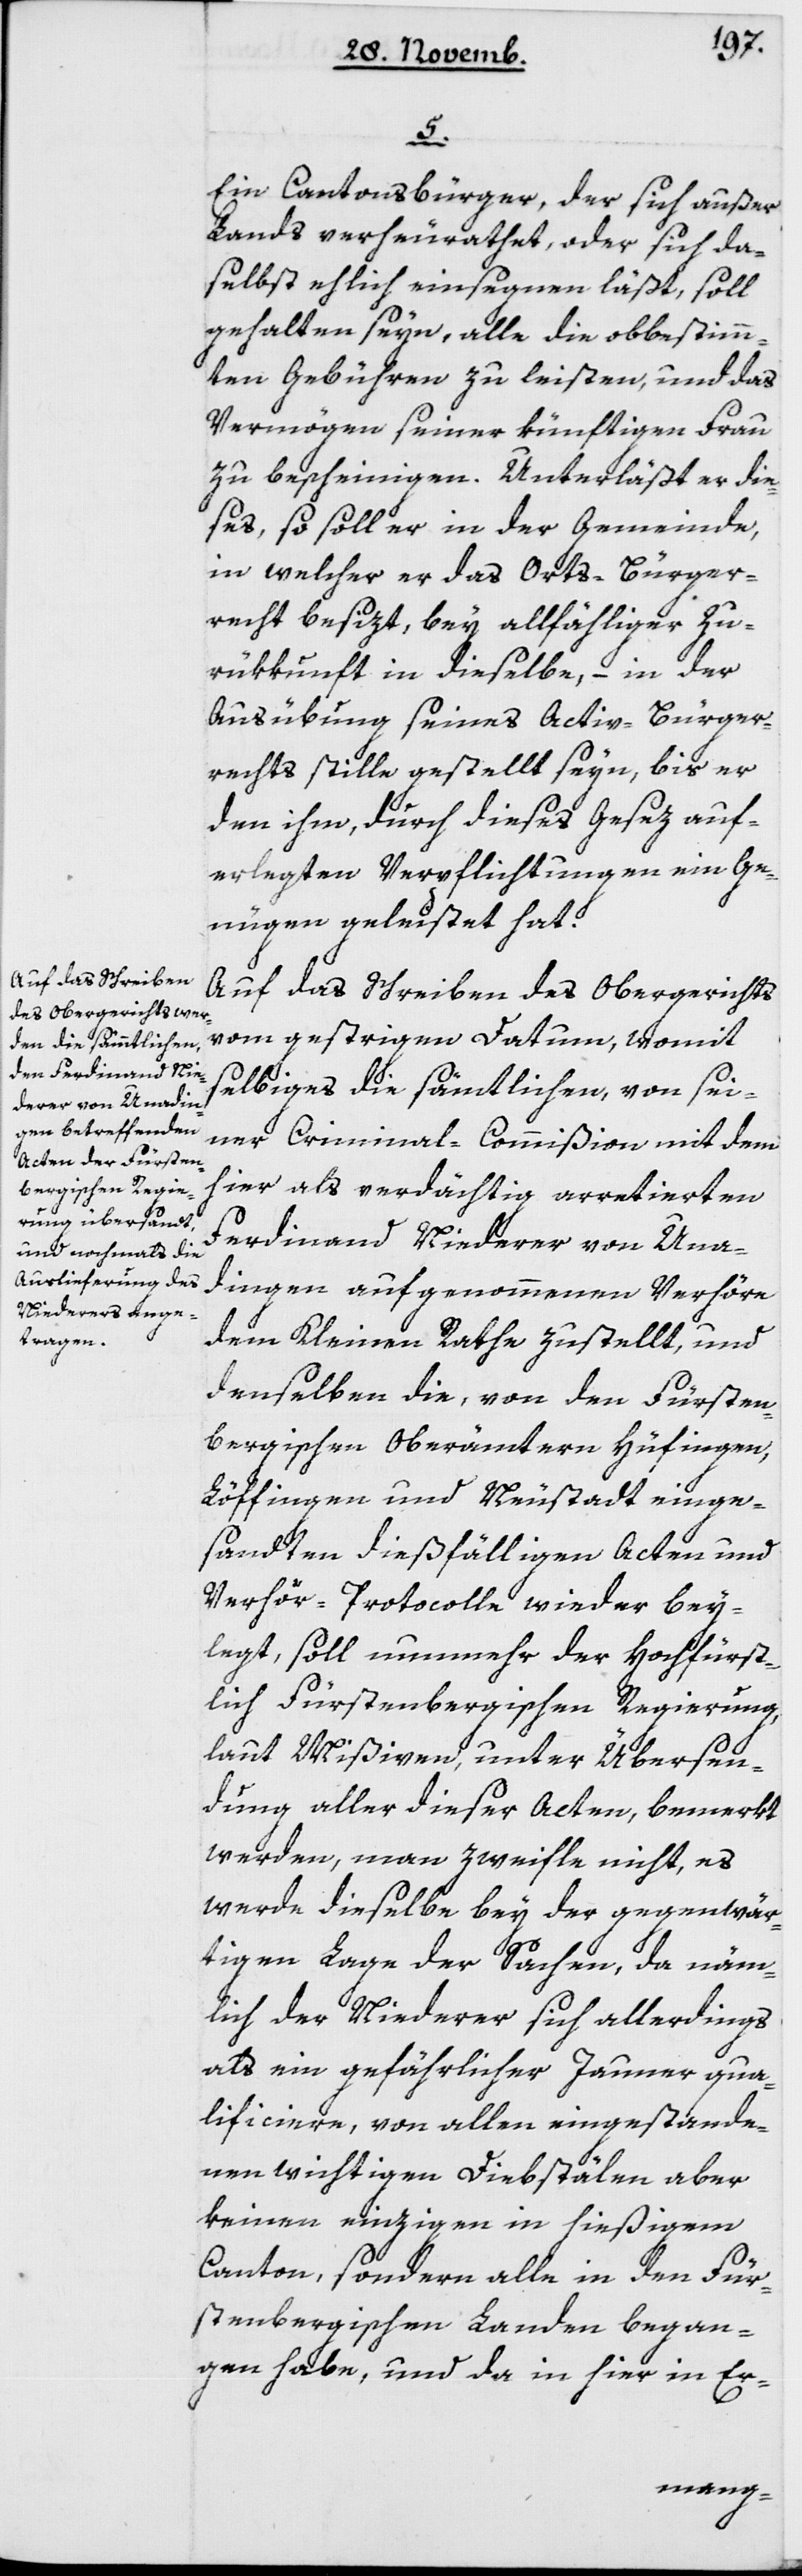
5.
Ein Cantonsbürger, der sich außer
Lands verheurathet, oder sich da¬
selbst ehelich einsegnen läßt, soll
gehalten seyn, alle die obbestimm¬
ten Gebühren zu leisten, und das
Vermögen seiner künftigen Frau
zu bescheinigen. Unterläßt er die¬
ses, so soll er in der Gemeinde,
in welcher er das Ortsbürger¬
recht besizt, bey allfälliger Zu¬
rükkunft in dieselbe, – in der
Ausübung seines Activ-Bürger¬
rechts stille gestellt seyn, bis er
den ihm, durch dieses Gesez auf¬
erlegten Verpflichtungen ein Ge¬
nügen geleistet hat.
Auf das Schreiben des Obergerichts
vom gestrigen Datum, womit
selbiges die sämtlichen, von sei¬
ner Criminal-Commißion mit dem
hier als verdächtig arretierten
Ferdinand Niederer von Una¬
dingen aufgenommenen Verhöre,
dem Kleinen Rathe zugestellt, und
denselben die, von den Fürsten¬
bergischen Oberämtern Hüfingen,
Löffingen und Neustadt einge¬
sandten dießfälligen Acten und
Verhör-Protocolle wieder bey¬
legt, soll nunmehr der Hochfürst¬
lich Fürstenbergischen Regierung,
laut Mißiven, unter Übersen¬
dung aller dieser Acten, bemerkt
werden, man zweifle nicht, es
werde dieselbe bey der gegenwär¬
tigen Lage der Sachen, da näm¬
lich der Niederer sich allerdings
als ein gefährlicher Jauner qua¬
lificiere, von allen eingestande¬
nen wichtigen Diebstählen aber
keinen einzigen in hießigem
Canton, sondern alle in den Für¬
stenbergischen Landen began¬
gen habe, und da in hier in Er-